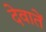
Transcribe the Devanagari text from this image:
देवातें